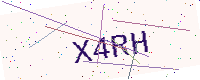
Text: X4RH